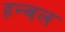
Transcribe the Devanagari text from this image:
हन्बल